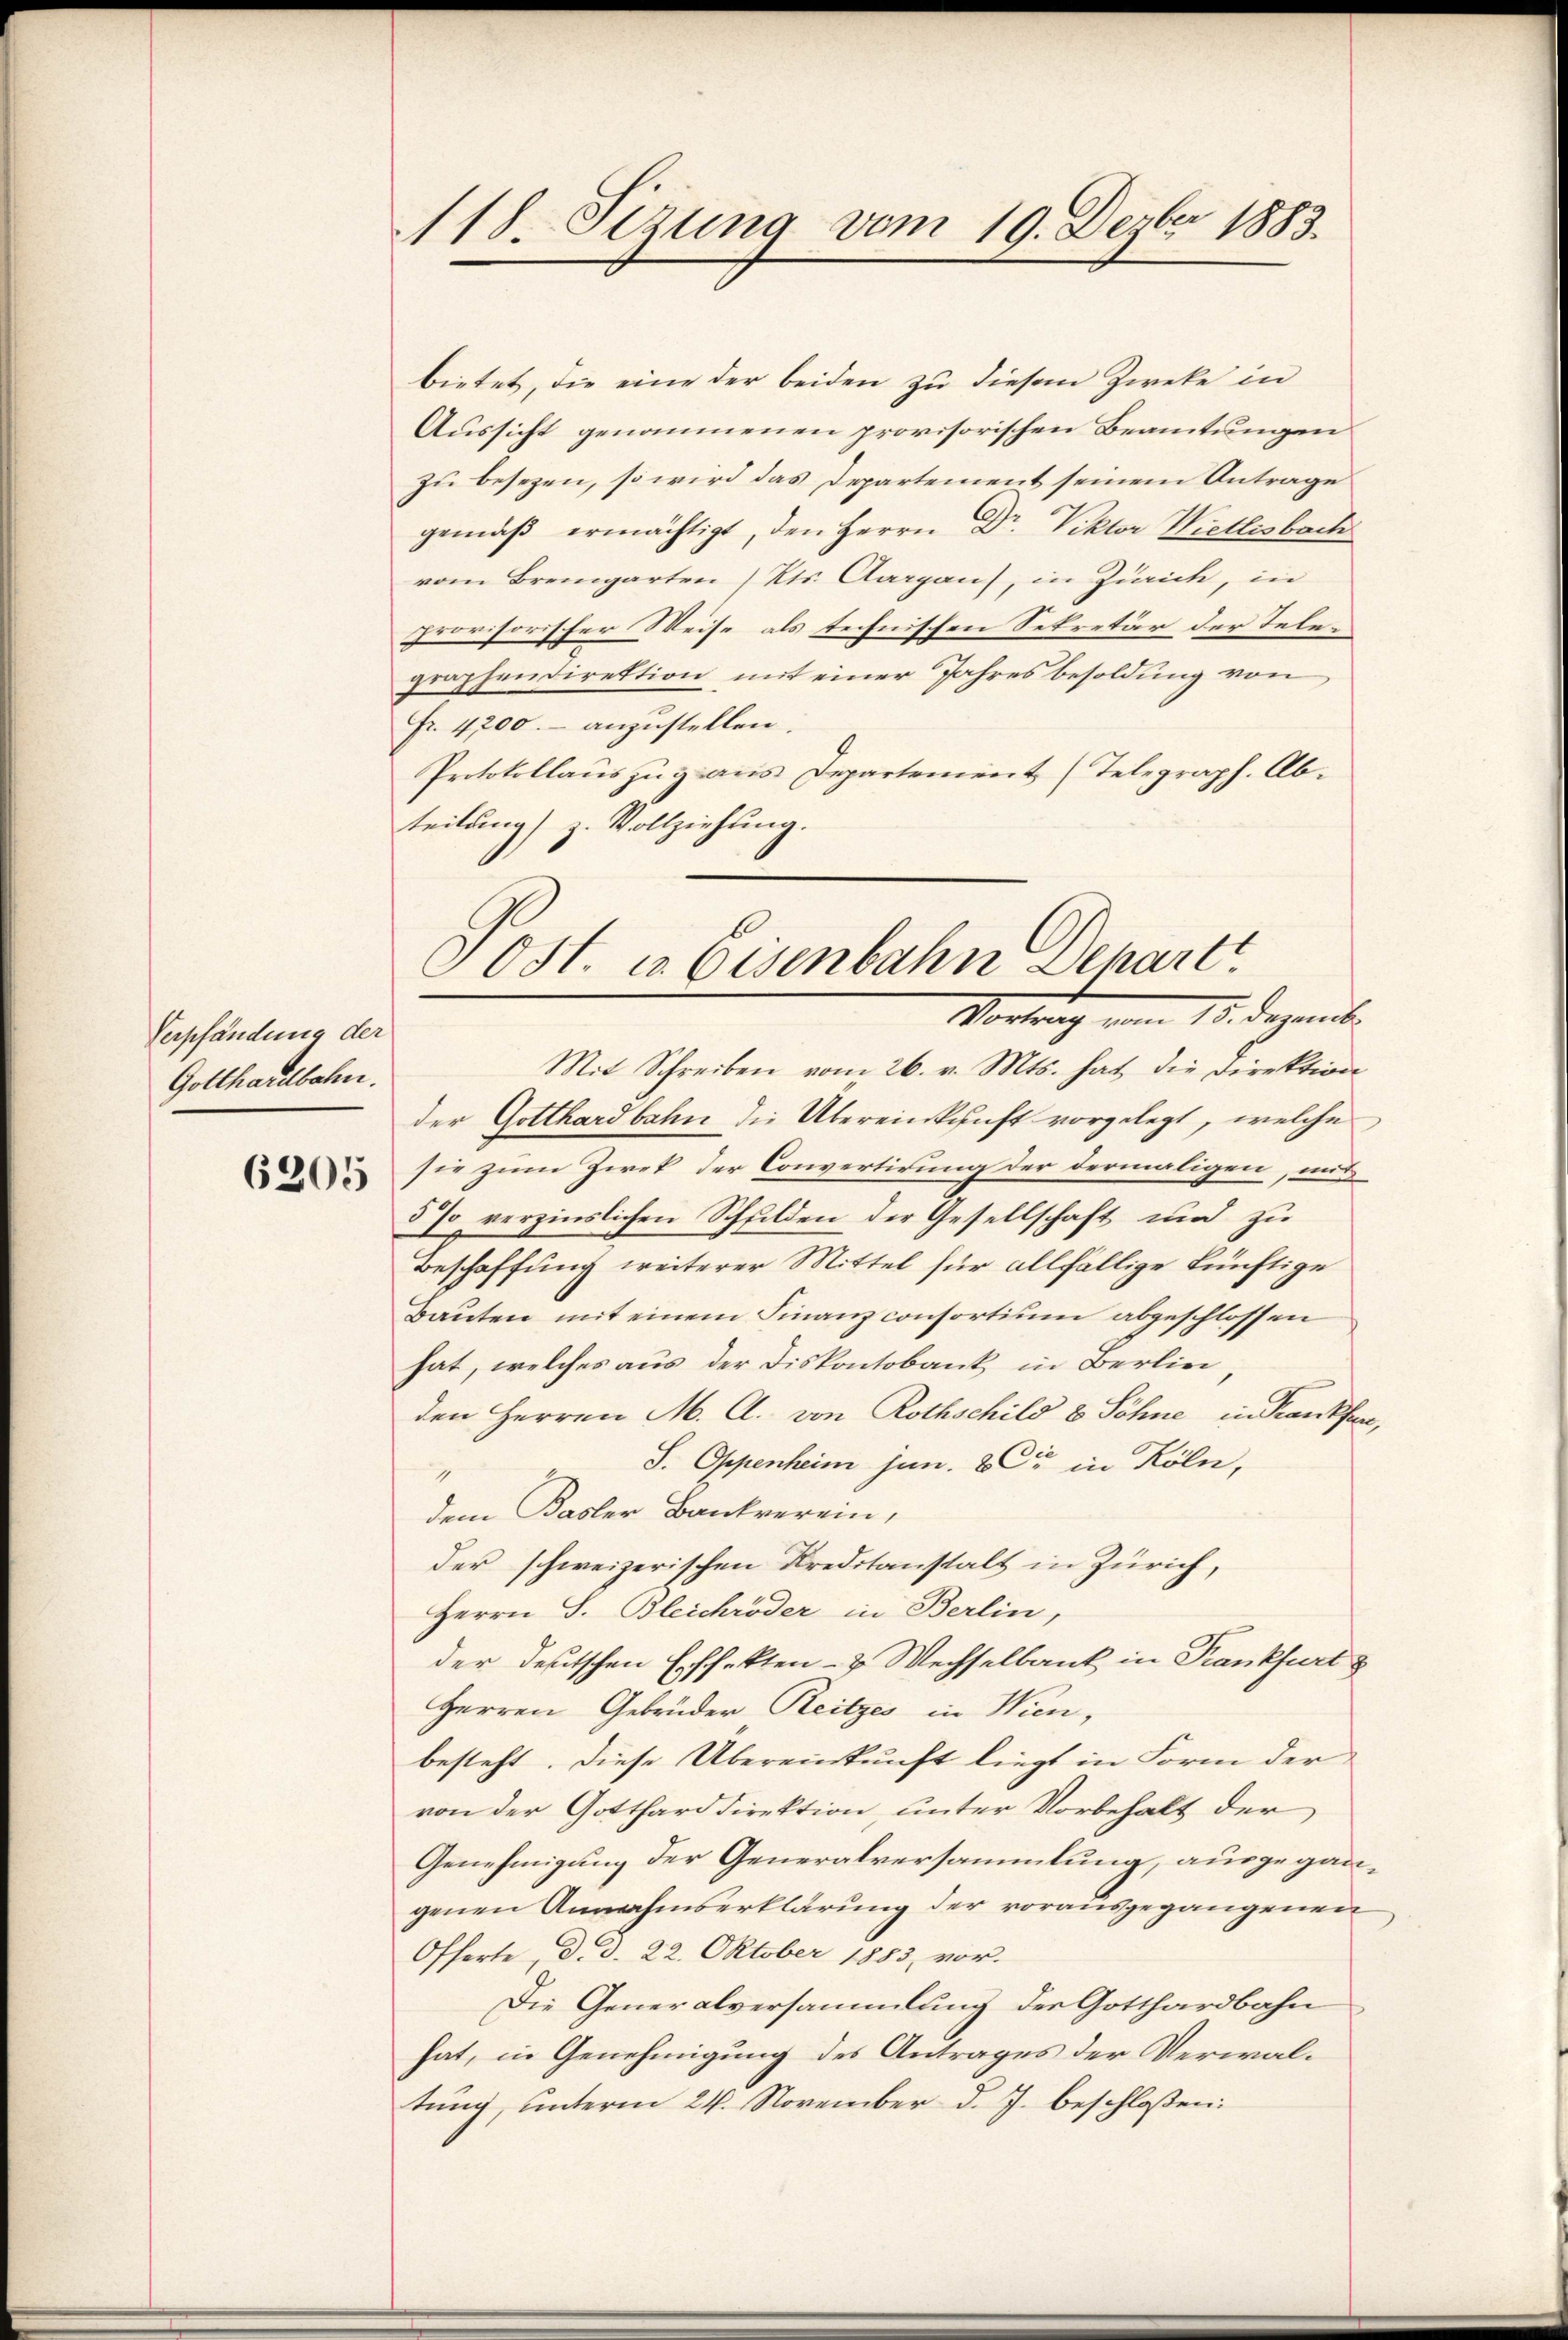
Verpfändung der
Gotthardbahn.

6205

118. Sizung vom 19. Dezbr 1883.

bietet, die eine der beiden zu diesem Zweke in
Aussicht genommenen provisorischen Beamtungen
zu besezen, so wird das Departement seinem Antrage
gemäβ ermächtigt, den Herrn Dr. Viktor Wietlisbach
vom Bremgarten (Kts. Aargau, in Zürich, in
provisorischer Weise als technischen Sekretär der Telegraphendirektion mit einer Jahresbesoldung von
Fr. 4200.- anzustellen.
Protokollauszug aus Departement (Telegraph. Abteilung z. Vollziehung.

Ost. u. Eisenbahn Depart
Vortrag vom 15. Dezemb.
Mit Schreiben vom 26. v. Mts. hat die Direktion
der Gotthardbahn die Übereinkunft vorgelegt, welche

sie zum Zwek der Convertirung der dermaligen, mit
5% verzinslichen Schulden der Gesellschaft und zu
Beschaffung weiterer Mittel für allfällige künftige
Bauten mit einem Finanz consortium abgeschlossen
hat, welches aus der Diskontobank in Berlin,
den Herren M. Cl. von Rothschild & Söhne in Krankfurt,
sei
S. Oppenheim jun. 8 " in Köln,
1
dem Basler Bankverein,
der schweizerischen Kreditanstalt in Zürich,
Herrn S. Bleichröder in Berlin,
der deutschen Effekten- & Wechselbank in Krankfurt
Herren Gebrüder Reitzes in Wien,
besteht. Diese Übereinkunft liegt in Form der
von der Gotthard direktion, unter Vorbehalt der
Genehmigung der Generalversammlung, ausgegangenen Annahmserklärung der vorausgegangenen
Offerte, d. d. 22. Oktober 1883, vor.
Die Generalversammlung des Gotthardbahn
hat, in Genehmigung des Antrages der Verwaltung unterm 24. November d. J. beschlossen: